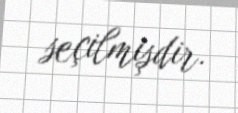
seçilmişdir.